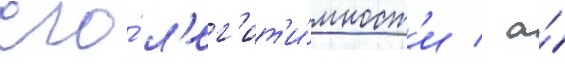
его́ л'ег'ит'и́мност'и / а́